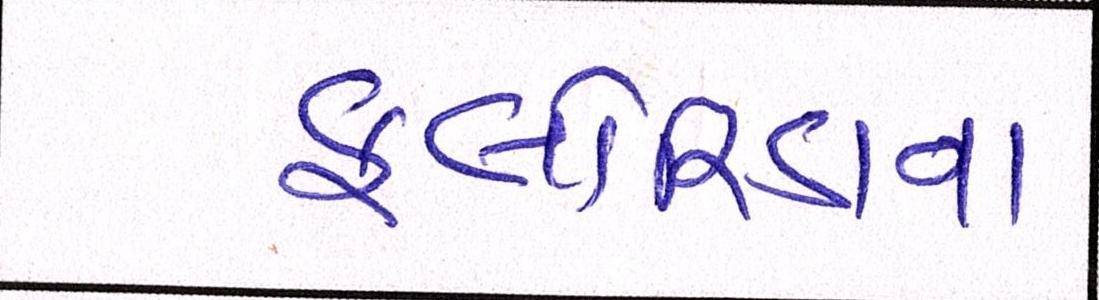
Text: ફ્લોરિડાના